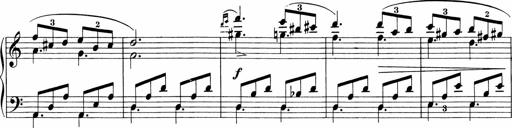
Title: Sonatinen Op.47, 98 und 136, nebst 6 Liedersonatinen
Composer: Carl Reinecke